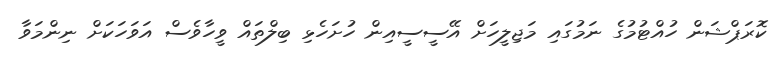
ކޮރަޕްޝަން ހުއްޓުމުގެ ނަމުގައި މަޖިލީހަށް އޭސީސީއިން ހުށަހެޅި ބިލްތައް ވީހާވެސް އަވަހަކަށް ނިންމަވާ